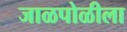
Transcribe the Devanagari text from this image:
जाळपोळीला